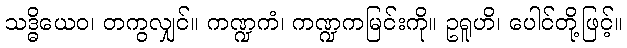
သဒ္ဓိယေဝ၊ တကွလျှင်။ ကဏ္ဍကံ၊ ကဏ္ဍကမြင်းကို။ ဥရူဟိ၊ ပေါင်တို့ဖြင့်။